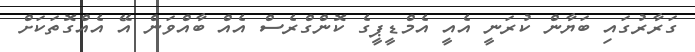
ގަރާރުގައި ބަޔާން ކުރަނީ އެއީ އެމްޑީޕީގެ ކޮންގްރެސް އެއް ބާއްވަން އޭ އެއްގޮތަކަށް